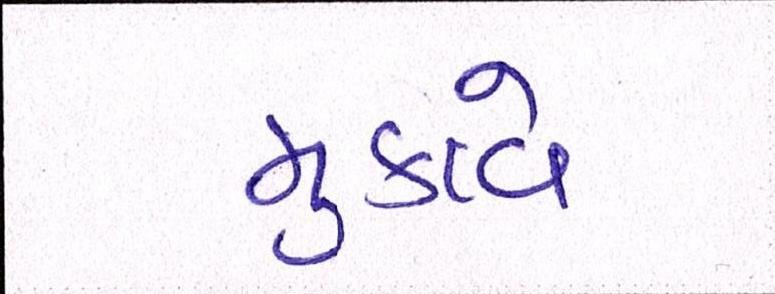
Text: મુકાવે